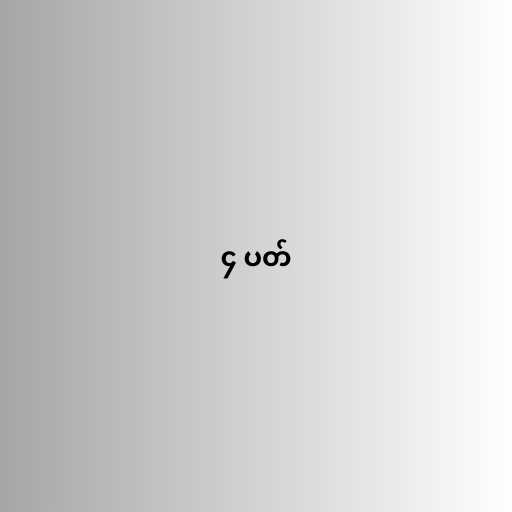
၄ ပတ်